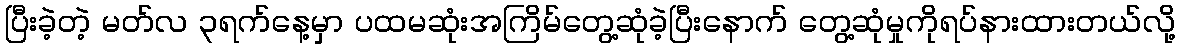
ပြီးခဲ့တဲ့ မတ်လ ၃ရက်နေ့မှာ ပထမဆုံးအကြိမ်တွေ့ဆုံခဲ့ပြီးနောက် တွေ့ဆုံမှုကိုရပ်နားထားတယ်လို့